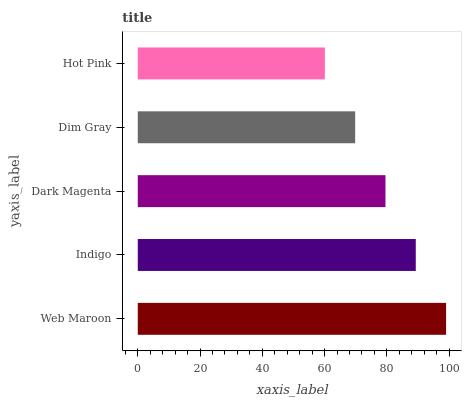
| yaxis_label | bars |
 | --- | --- |
 | Web Maroon | 99 |
 | Indigo | 89.3 |
 | Dark Magenta | 79.5 |
 | Dim Gray | 69.8 |
 | Hot Pink | 60.1 |